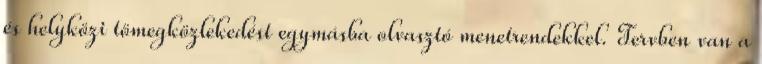
és helyközi tömegközlekedést egymásba olvasztó menetrendekkel. Tervben van a